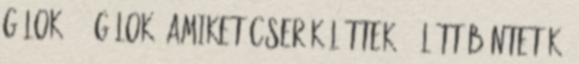
gólok: 11 Gólok, amiket cserék lőttek: 2 Lőtt büntetők: